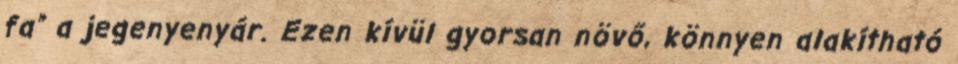
fa” a jegenyenyár. Ezen kívül gyorsan növő, könnyen alakítható